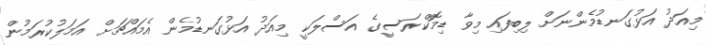
މިއަދު އަޅުގަނޑުމެންނަށް ލިބިފައި މިވާ ޑިމޮކްރަސީގެ އަސްލަކީ މިއަދު އަޅުގަނޑުމެން އެމައްޗަށް އަމަލުކުރަމުން